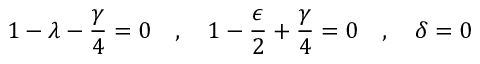
1 - \lambda - \frac { \gamma } { 4 } = 0 \ \ \ , \ \ \ 1 - \frac { \epsilon } { 2 } + \frac { \gamma } { 4 } = 0 \ \ \ , \ \ \ \delta = 0